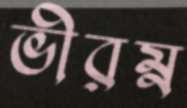
ভীরম্ন